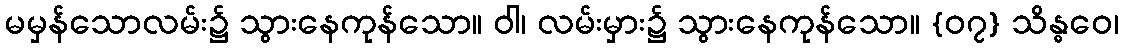
မမှန်သောလမ်း၌ သွားနေကုန်သော။ ဝါ၊ လမ်းမှား၌ သွားနေကုန်သော။ {၀၇} သိန္ဓဝေ၊